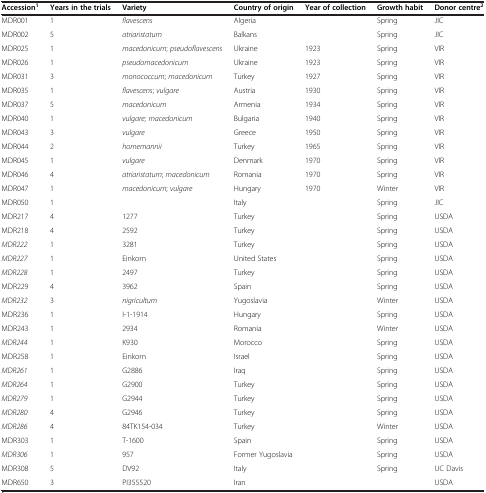
<table><thead><tr><td><b>Accession<sup>1</sup></b></td><td><b>Years in the trials</b></td><td><b>Variety</b></td><td><b>Country of origin</b></td><td><b>Year of collection</b></td><td><b>Growth habit</b></td><td><b>Donor centre<sup>2</sup></b></td></tr></thead><tbody><tr><td>MDR001</td><td>1</td><td><i>flavescens</i></td><td>Algeria</td><td>[EMPTY_CELL]</td><td>Spring</td><td>JIC</td></tr><tr><td>MDR002</td><td>5</td><td><i>atriaristatum</i></td><td>Balkans</td><td>[EMPTY_CELL]</td><td>Spring</td><td>JIC</td></tr><tr><td>MDR025</td><td>1</td><td><i>macedonicum</i>; <i>pseudoflavescens</i></td><td>Ukraine</td><td>1923</td><td>Spring</td><td>VIR</td></tr><tr><td>MDR026</td><td>1</td><td><i>pseudomacedonicum</i></td><td>Ukraine</td><td>1923</td><td>Spring</td><td>VIR</td></tr><tr><td>MDR031</td><td>3</td><td><i>monococcum</i>; <i>macedonicum</i></td><td>Turkey</td><td>1927</td><td>Spring</td><td>VIR</td></tr><tr><td>MDR035</td><td>1</td><td><i>flavescens</i>; <i>vulgare</i></td><td>Austria</td><td>1930</td><td>Spring</td><td>VIR</td></tr><tr><td>MDR037</td><td>5</td><td><i>macedonicum</i></td><td>Armenia</td><td>1934</td><td>Spring</td><td>VIR</td></tr><tr><td>MDR040</td><td>1</td><td><i>vulgare; macedonicum</i></td><td>Bulgaria</td><td>1940</td><td>Spring</td><td>VIR</td></tr><tr><td>MDR043</td><td>3</td><td><i>vulgare</i></td><td>Greece</td><td>1950</td><td>Spring</td><td>VIR</td></tr><tr><td>MDR044</td><td>2</td><td><i>hornemannii</i></td><td>Turkey</td><td>1965</td><td>Spring</td><td>VIR</td></tr><tr><td>MDR045</td><td>1</td><td><i>vulgare</i></td><td>Denmark</td><td>1970</td><td>Spring</td><td>VIR</td></tr><tr><td>MDR046</td><td>4</td><td><i>atriaristatum</i>; <i>macedonicum</i></td><td>Romania</td><td>1970</td><td>Spring</td><td>VIR</td></tr><tr><td>MDR047</td><td>1</td><td><i>macedonicum</i>; <i>vulgare</i></td><td>Hungary</td><td>1970</td><td>Winter</td><td>VIR</td></tr><tr><td>MDR050</td><td>1</td><td>[EMPTY_CELL]</td><td>Italy</td><td>[EMPTY_CELL]</td><td>Spring</td><td>JIC</td></tr><tr><td>MDR217</td><td>4</td><td>1277</td><td>Turkey</td><td>[EMPTY_CELL]</td><td>Spring</td><td>USDA</td></tr><tr><td>MDR218</td><td>4</td><td>2592</td><td>Turkey</td><td>[EMPTY_CELL]</td><td>Spring</td><td>USDA</td></tr><tr><td><i>MDR222</i></td><td>1</td><td>3281</td><td>Turkey</td><td>[EMPTY_CELL]</td><td>Spring</td><td>USDA</td></tr><tr><td><i>MDR227</i></td><td>1</td><td>Einkorn</td><td>United States</td><td>[EMPTY_CELL]</td><td>Spring</td><td>USDA</td></tr><tr><td><i>MDR228</i></td><td>1</td><td>2497</td><td>Turkey</td><td>[EMPTY_CELL]</td><td>Spring</td><td>USDA</td></tr><tr><td>MDR229</td><td>4</td><td>3962</td><td>Spain</td><td>[EMPTY_CELL]</td><td>Spring</td><td>USDA</td></tr><tr><td><i>MDR232</i></td><td>3</td><td><i>nigricultum</i></td><td>Yugoslavia</td><td>[EMPTY_CELL]</td><td>Winter</td><td>USDA</td></tr><tr><td>MDR236</td><td>1</td><td>I-1-1914</td><td>Hungary</td><td>[EMPTY_CELL]</td><td>Spring</td><td>USDA</td></tr><tr><td>MDR243</td><td>1</td><td>2934</td><td>Romania</td><td>[EMPTY_CELL]</td><td>Winter</td><td>USDA</td></tr><tr><td><i>MDR244</i></td><td>1</td><td>K930</td><td>Morocco</td><td>[EMPTY_CELL]</td><td>Spring</td><td>USDA</td></tr><tr><td>MDR258</td><td>1</td><td>Einkorn</td><td>Israel</td><td>[EMPTY_CELL]</td><td>Spring</td><td>USDA</td></tr><tr><td><i>MDR261</i></td><td>1</td><td>G2886</td><td>Iraq</td><td>[EMPTY_CELL]</td><td>Spring</td><td>USDA</td></tr><tr><td><i>MDR264</i></td><td>1</td><td>G2900</td><td>Turkey</td><td>[EMPTY_CELL]</td><td>Spring</td><td>USDA</td></tr><tr><td><i>MDR279</i></td><td>1</td><td>G2944</td><td>Turkey</td><td>[EMPTY_CELL]</td><td>Spring</td><td>USDA</td></tr><tr><td><i>MDR280</i></td><td>4</td><td>G2946</td><td>Turkey</td><td>[EMPTY_CELL]</td><td>Spring</td><td>USDA</td></tr><tr><td><i>MDR286</i></td><td>4</td><td>84TK154-034</td><td>Turkey</td><td>[EMPTY_CELL]</td><td>Winter</td><td>USDA</td></tr><tr><td>MDR303</td><td>1</td><td>T-1600</td><td>Spain</td><td>[EMPTY_CELL]</td><td>Spring</td><td>USDA</td></tr><tr><td><i>MDR306</i></td><td>1</td><td>957</td><td>Former Yugoslavia</td><td>[EMPTY_CELL]</td><td>Spring</td><td>USDA</td></tr><tr><td>MDR308</td><td>5</td><td>DV92</td><td>Italy</td><td>[EMPTY_CELL]</td><td>Spring</td><td>UC Davis</td></tr><tr><td>MDR650</td><td>3</td><td>PI355520</td><td>Iran</td><td>[EMPTY_CELL]</td><td>[EMPTY_CELL]</td><td>USDA</td></tr></tbody></table>